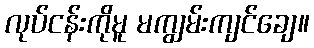
လုပ်ငန်းကိုမူ မကျွမ်းကျင်ချေ။